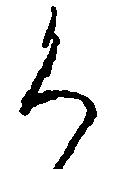
く